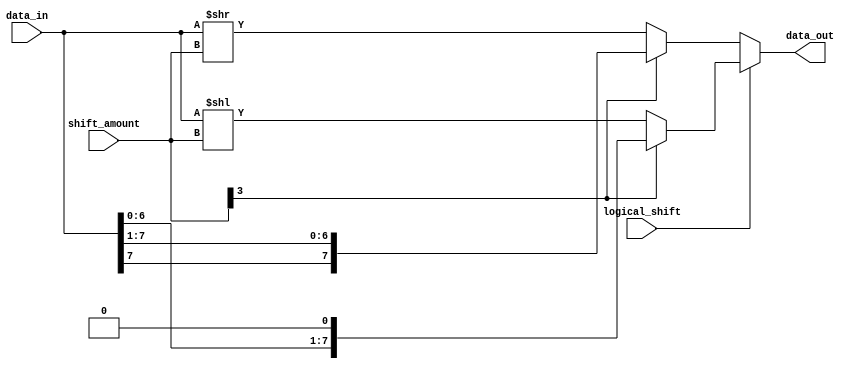
module barrel_shifter (
    input [7:0] data_in,
    input [3:0] shift_amount,
    input logical_shift,
    output reg [7:0] data_out
);

reg [7:0] shifted_data;

always @ (data_in or shift_amount or logical_shift) begin
    if (logical_shift) begin
        if (shift_amount[3] == 1) begin
            shifted_data <= {data_in[6:0], 1'b0};
        end else begin
            shifted_data <= data_in << shift_amount;
        end
    end else begin
        if (shift_amount[3] == 1) begin
            shifted_data <= {data_in[7], data_in[7:1]};
        end else begin
            shifted_data <= data_in >> shift_amount;
        end
    end
end

assign data_out = shifted_data;

endmodule